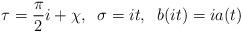
LaTeX: \begin{align*}\tau=\frac{\pi}{2}i+\chi ,\;\; \sigma=it ,\;\;b(it)=ia(t)\end{align*}